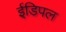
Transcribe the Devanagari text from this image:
ईडिपल